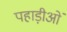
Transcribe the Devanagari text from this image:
पहाड़ीओं